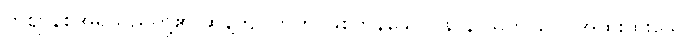
ထိုဈာန်စအရှိသည်တို့၏ ဆန့်ကျင်ဘက် ဖြစ်ကုန်သော။ နာနာသဘာဝေ။ အထူးထူးသော